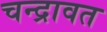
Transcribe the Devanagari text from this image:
चन्द्रावत